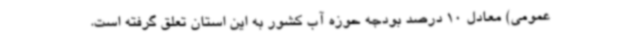
عمومی) معادل 10 درصد بودجه حوزه آب کشور به این استان تعلق گرفته است.